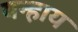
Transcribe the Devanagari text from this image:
यन्हाय